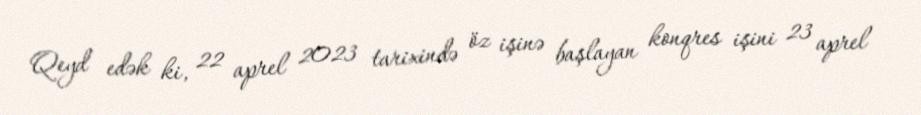
Qeyd edək ki, 22 aprel 2023 tarixində öz işinə başlayan konqres işini 23 aprel